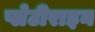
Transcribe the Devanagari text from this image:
प्लेटीराइन